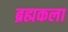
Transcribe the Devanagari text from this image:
ब्रह्मकला